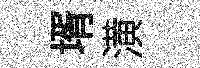
壻潢